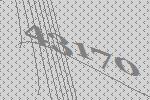
43170